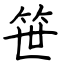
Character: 笹